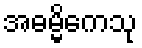
အဓမ္မိကေသု